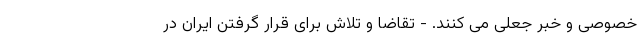
خصوصی و خبر جعلی می کنند. - تقاضا و تلاش برای قرار گرفتن ایران در